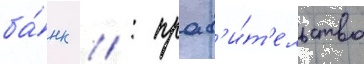
ба́нк // : прав'и́т'ельство